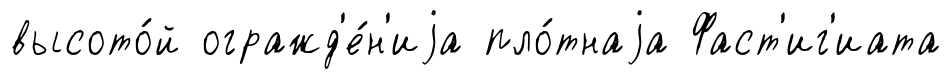
высото́й огражд'е́н'иjа пло́тнаjа Фаст'иг'иата